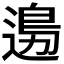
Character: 𨕙